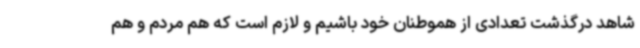
شاهد درگذشت تعدادی از هموطنان خود باشیم و لازم است که هم مردم و هم